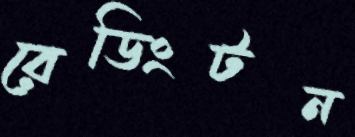
রেডিংটন